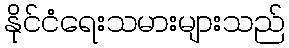
နိုင်ငံရေးသမားများသည်